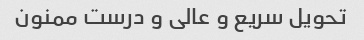
تحویل سریع و عالی و درست ممنون